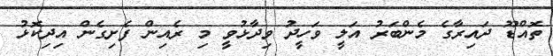
ތޮއްޑޫ ދައިރާގެ މެންބަރު އަލީ ވަހީދު ވިދާޅުވީ މި ރެއިން ފެށިގެން އިދިކޮޅު